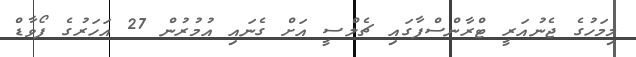
މިމަހުގެ ޖެނުއަރީ ޓްރާންސްފާގައި ޗެލްސީ އަށް ގެނައި އުމުރުން 27 އަހަރުގެ ފޯވާޑް